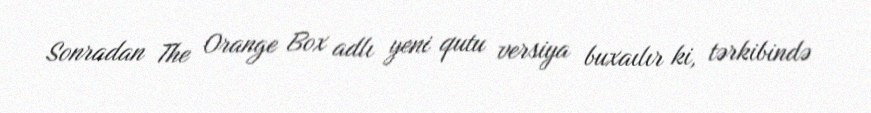
Sonradan The Orange Box adlı yeni qutu versiya buxaılır ki, tərkibində